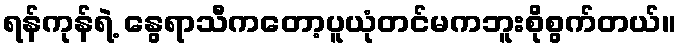
ရန်ကုန်ရဲ့ နွေရာသီကတော့ပူယုံတင်မကဘူးစိုစွက်တယ်။